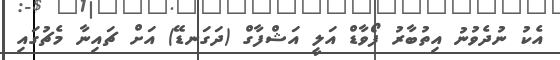
އެކު ނުދެވުނު އިތުބާރު ފޯވާޑް އަލީ އަޝްފާގް (ދަގަނޑޭ) އަށް ޗައިނާ މެޗުގައި